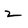
Character: 2